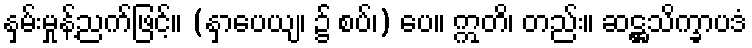
နှမ်းမှုန့်ညက်ဖြင့်။ (နှာပေယျ၊ ၌ စပ်၊) ပေ။ ဣတိ၊ တည်း။ ဆဋ္ဌသိက္ခာပဒံ